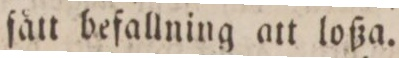
fått befallning att loßa.